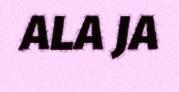
ALA JA